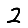
Digit: 2